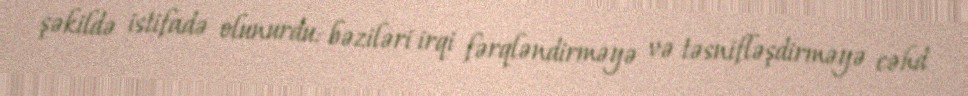
şəkildə istifadə olunurdu: bəziləri irqi fərqləndirməyə və təsnifləşdirməyə cəhd